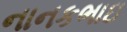
નાનકભાઇ